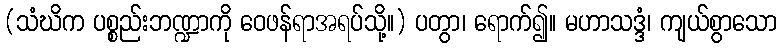
(သံဃိက ပစ္စည်းဘဏ္ဍာကို ဝေဖန်ရာအရပ်သို့။) ပတွာ၊ ရောက်၍။ မဟာသဒ္ဒံ၊ ကျယ်စွာသော